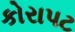
કોરાપટ